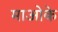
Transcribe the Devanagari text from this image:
माओके